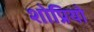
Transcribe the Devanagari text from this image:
शोप्रियो